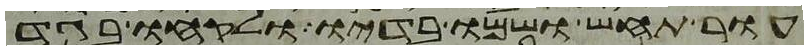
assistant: עור תחש ושמו בדיו ולקחו בגד